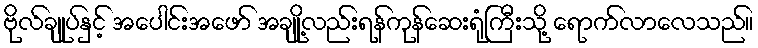
ဗိုလ်ချုပ်နှင့် အပေါင်းအဖော် အချို့လည်းရန်ကုန်ဆေးရုံကြီးသို့ ရောက်လာလေသည်။